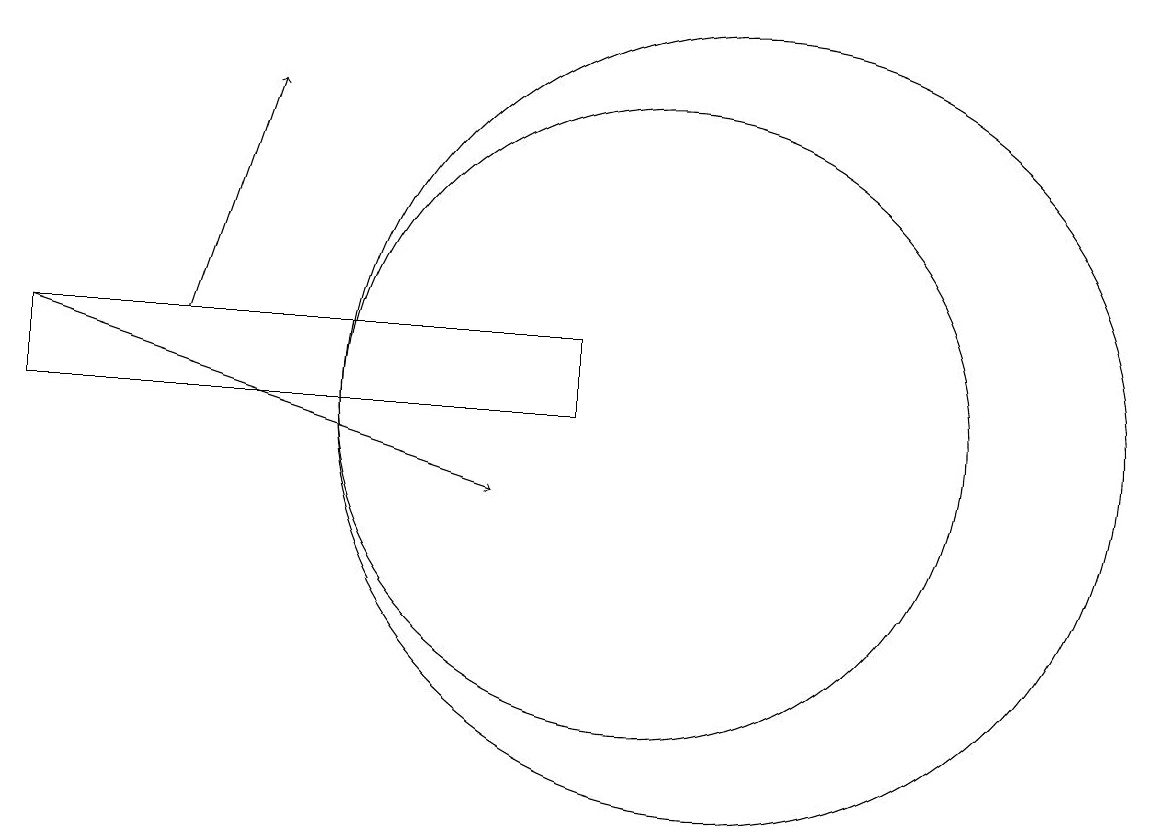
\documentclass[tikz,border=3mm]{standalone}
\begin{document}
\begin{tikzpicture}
\draw (11,12) circle (5);
\draw[->] (2,13) -- (8,11);
\draw[->] (4,13) -- (5,16);
\draw (2,12) rectangle (9,13);
\draw (10,12) circle (4);
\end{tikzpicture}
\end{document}